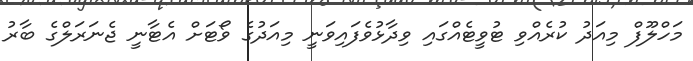
މަހްލޫފް މިއަދު ކުރެއްވި ޓުވީޓެއްގައި ވިދާޅުވެފައިވަނީ މިއަދުގެ ވޯޓަށް އެޓާނީ ޖެނަރަލްގެ ބާރު